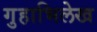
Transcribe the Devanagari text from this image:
गुहाभिलेख